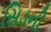
સિડની